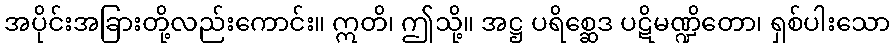
အပိုင်းအခြားတို့လည်းကောင်း။ ဣတိ၊ ဤသို့။ အဋ္ဌ ပရိစ္ဆေဒ ပဋိမဏ္ဍိတော၊ ရှစ်ပါးသော